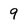
Character: 9